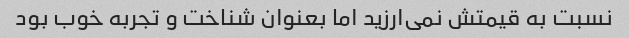
نسبت به قیمتش نمی‌ارزید اما بعنوان شناخت و تجربه خوب بود